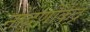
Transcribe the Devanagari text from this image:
नोंदणीकेंद्र